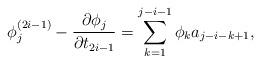
LaTeX: \begin{align*}\phi_j^{(2i-1)} - \frac{\partial \phi_j}{\partial t_{2i-1}} = \sum_{k = 1}^{j-i-1} \phi_k a_{j-i-k+1},\end{align*}